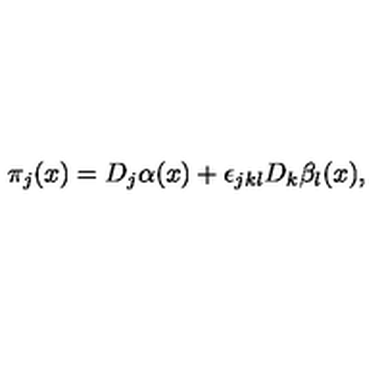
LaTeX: \pi _ { j } ( x ) = D _ { j } \alpha ( x ) + \epsilon _ { j k l } D _ { k } \beta _ { l } ( x ) ,